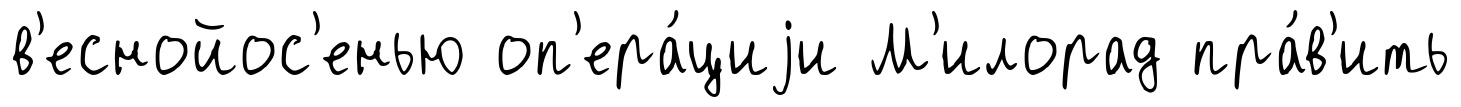
в'еснойос'енью оп'ера́циjи М'илорад пра́в'ить